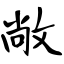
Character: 敞